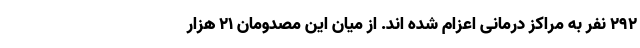
۲۹۲ نفر به مراکز درمانی اعزام شده اند. از میان این مصدومان ۲۱ هزار